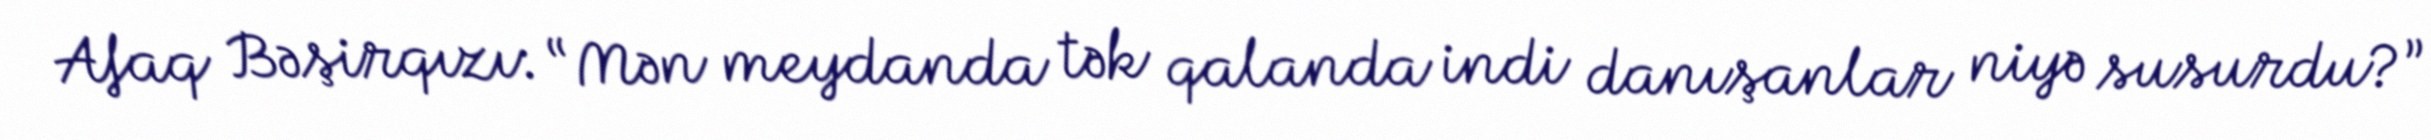
Afaq Bəşirqızı: “Mən meydanda tək qalanda indi danışanlar niyə susurdu?”